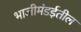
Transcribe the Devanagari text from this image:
भाजीमंडईतील